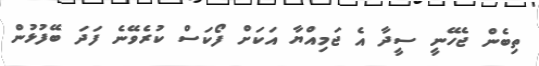
ތިބެން ޖެހޭނީ ސީދާ އެ ޖަމިއްޔާ އަކަށް ފޯކަސް ކުރެވޭނެ ފަދަ ބޭފުޅުން